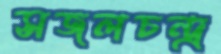
সজলচন্দ্র